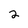
Character: 2